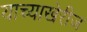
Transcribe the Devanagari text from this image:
याच्याखेरीज